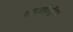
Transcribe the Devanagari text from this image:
शहजहाँपुरिया